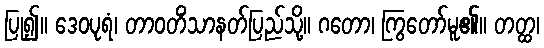
ပြု၍။ ဒေဝပုရံ၊ တာဝတိံသာနတ်ပြည်သို့။ ဂတော၊ ကြွတော်မူ၏။ တတ္ထ၊